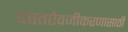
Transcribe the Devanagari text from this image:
दस्तऐवजीकरणासाठी